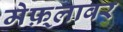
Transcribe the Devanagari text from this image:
मेफ़्लावर